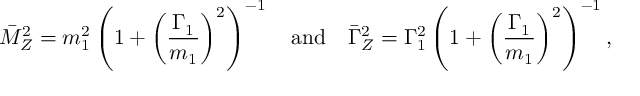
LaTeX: \bar { M } _ { Z } ^ { 2 } = m _ { 1 } ^ { 2 } \left( 1 + \left( \frac { \Gamma _ { 1 } } { m _ { 1 } } \right) ^ { 2 } \right) ^ { - 1 } \quad \mathrm { a n d } \quad \bar { \Gamma } _ { Z } ^ { 2 } = \Gamma _ { 1 } ^ { 2 } \left( 1 + \left( \frac { \Gamma _ { 1 } } { m _ { 1 } } \right) ^ { 2 } \right) ^ { - 1 } ,